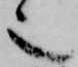
也